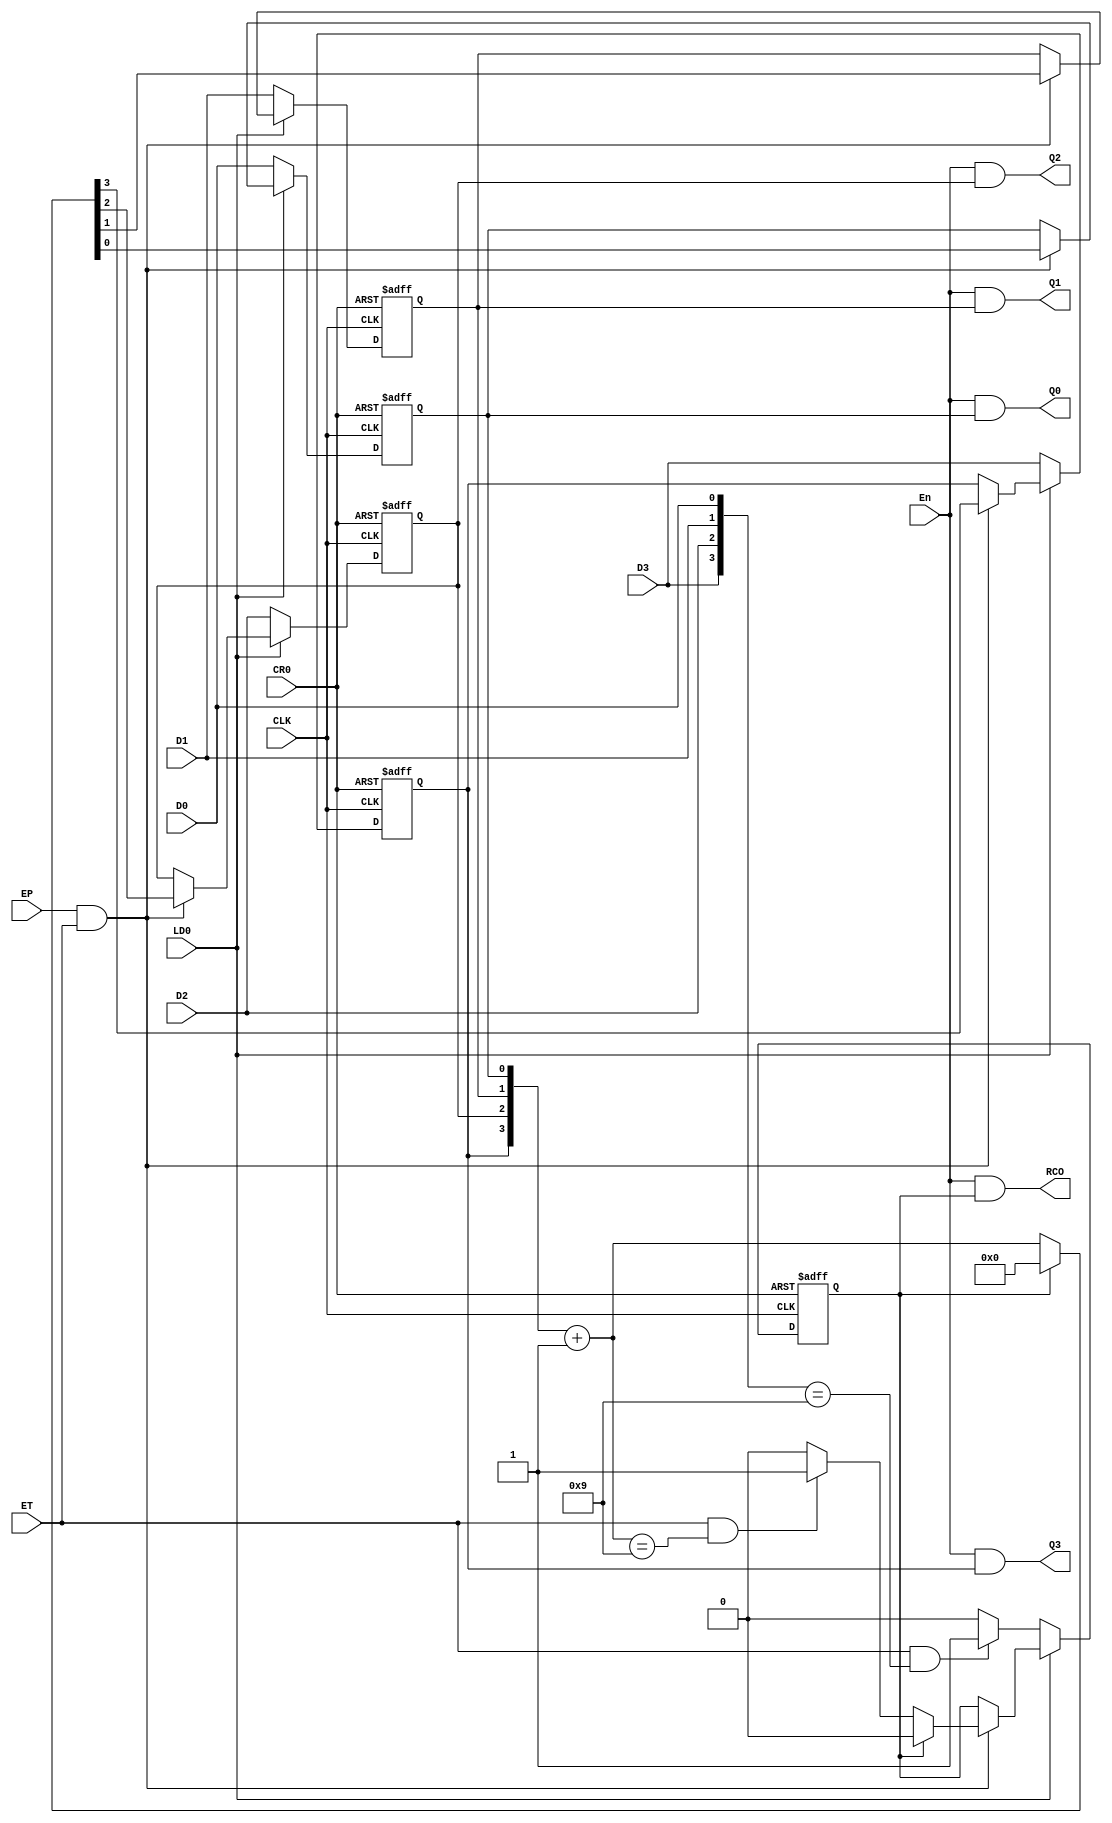
module Decimal_Synchronous_Addition_Counter_74hc162_4_1_Correct(En,CLK,CR0,LD0,EP,ET,D0,D1,D2,D3,Q0,Q1,Q2,Q3,RCO);
input  En,CR0,LD0,CLK,EP,ET,D0,D1,D2,D3;
output Q0,Q1,Q2,Q3,RCO;
reg temp_Q0,temp_Q1,temp_Q2,temp_Q3,temp_RCO;
always @(posedge CLK or negedge CR0) begin
	if(~CR0) 	{temp_RCO,temp_Q3,temp_Q2,temp_Q1,temp_Q0}=5'b0;
	else if(~LD0)  begin
											{temp_Q3,temp_Q2,temp_Q1,temp_Q0}={D3,D2,D1,D0};
											if(ET&({temp_Q3,temp_Q2,temp_Q1,temp_Q0}==4'b1001))  temp_RCO=1;
											else temp_RCO=0;
									end
	else if(EP&ET) begin
											if(temp_RCO) begin
																{temp_Q3,temp_Q2,temp_Q1,temp_Q0}=4'b0000;
																temp_RCO=0;
															end
											else  	begin											
																{temp_Q3,temp_Q2,temp_Q1,temp_Q0}={temp_Q3,temp_Q2,temp_Q1,temp_Q0}+4'b0001;
																if(ET&({temp_Q3,temp_Q2,temp_Q1,temp_Q0}==4'b1001))  temp_RCO=1;
															end
									end
end
assign Q0=En&temp_Q0;
assign Q1=En&temp_Q1;
assign Q2=En&temp_Q2;
assign Q3=En&temp_Q3;
assign RCO=En&temp_RCO;
endmodule